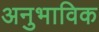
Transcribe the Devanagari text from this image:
अनुभाविक